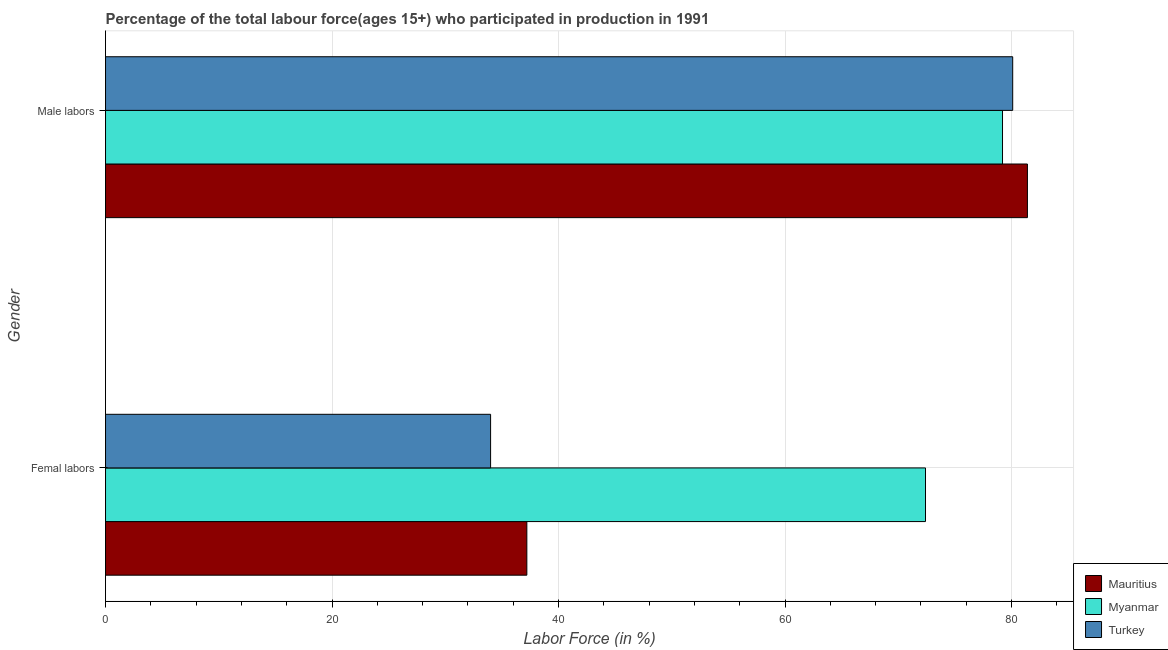
| Gender | Mauritius | Myanmar | Turkey |
 | --- | --- | --- | --- |
 | Femal labors | 37.2 | 72.4 | 34 |
 | Male labors | 81.4 | 79.2 | 80.1 |